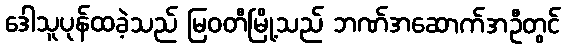
ဒေါသူပုန်ထခဲ့သည် မြဝတီမြို့သည် ဘဏ်အဆောက်အဦတွင်